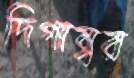
দিগাম্বর